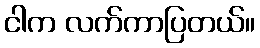
ငါက လက်ကာပြတယ်။